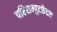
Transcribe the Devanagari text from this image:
परिसम्पुटछेदन